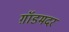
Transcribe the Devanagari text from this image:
ग़ॉडमदर